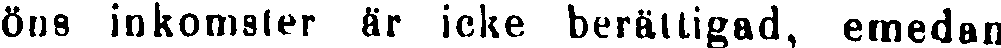
öns inkomster är icke berättigad, emedan